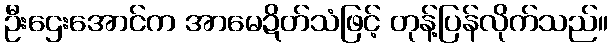
ဦးဌေးအောင်က အာမေဍိတ်သံဖြင့် တုန့်ပြန်လိုက်သည်။